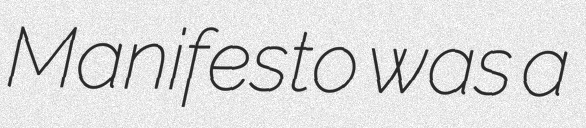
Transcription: Manifesto was a